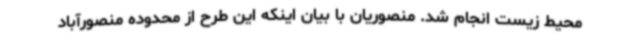
محیط زیست انجام شد. منصوریان با بیان اینکه این طرح از محدوده منصورآباد